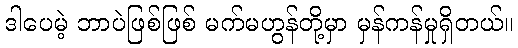
ဒါပေမဲ့ ဘာပဲဖြစ်ဖြစ် မက်မဟွန်တို့မှာ မှန်ကန်မှုရှိတယ်။